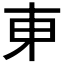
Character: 𬻍